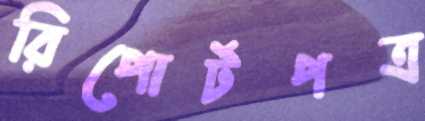
রিপোর্টপত্র